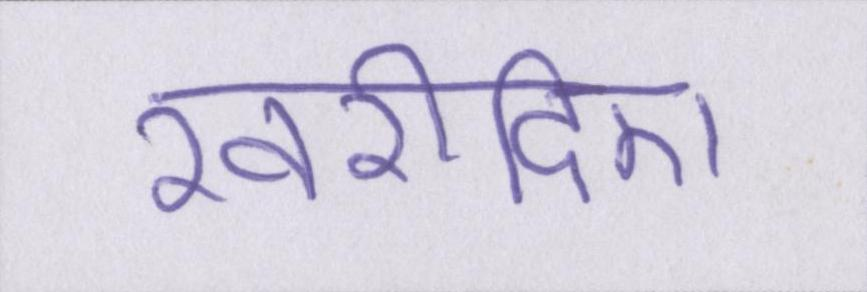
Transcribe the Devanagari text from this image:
खरीदिए